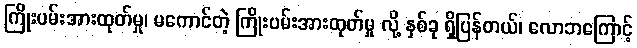
ကြိုးပမ်းအားထုတ်မှု၊ မကောင်တဲ့ ကြိုးပမ်းအားထုတ်မှု လို့ နှစ်ခု ရှိပြန်တယ်၊ လောဘကြောင့်